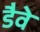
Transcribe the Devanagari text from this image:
डैवे